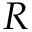
R